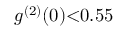
g ^ { ( 2 ) } ( 0 ) { < } 0 . 5 5